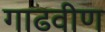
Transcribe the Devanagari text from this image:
गाढवीण